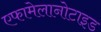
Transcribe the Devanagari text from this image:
एफामेलानोटाइड